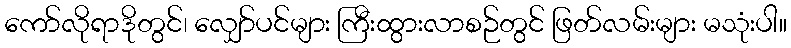
ကော်လိုရာဒိုတွင်၊ လျှော်ပင်များ ကြီးထွားလာစဉ်တွင် ဖြတ်လမ်းများ မသုံးပါ။